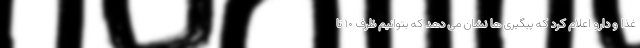
غذا و دارو اعلام کرد که پیگیری ها نشان می دهد که بتوانیم ظرف ۱۰ تا